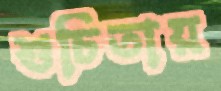
শুচিতায়